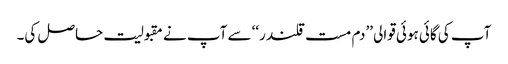
آپ کی گائی ہوئی قوالی ’’دم مست قلندر‘‘ سے آپ نے مقبولیت حاصل کی۔